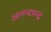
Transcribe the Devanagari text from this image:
आनन्दचन्द्र